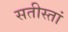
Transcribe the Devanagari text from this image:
सतीस्तां